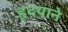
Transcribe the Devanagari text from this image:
हृदयाने